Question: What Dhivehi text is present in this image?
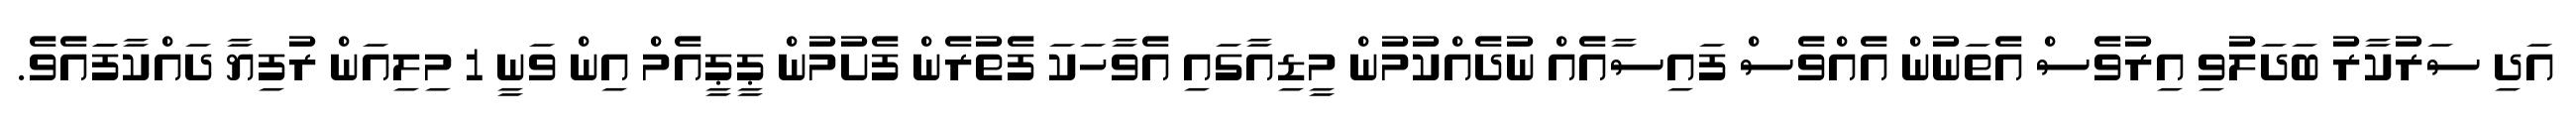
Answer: އަދި ސަރުކާރު ބަދަލުވި އިރުވެސް އެތަނުން އެއްވެސް ފައިސާއެއް ނުދެއްކުމުން މީޑިއާގައި އެވާހަކަ ފެތުރެން ފެށުމުން ޕީޕީއެމް އިން ވަނީ 1 މިލިއަން ރުފިޔާ ދައްކާފަައެވެ.